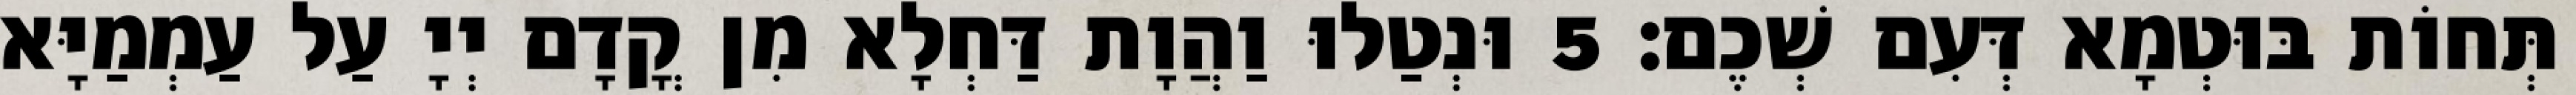
תְּחוֹת בּוּטְמָא דְּעִם שְׁכֶם׃ 5 וּנְטַלוּ וַהֲוָת דַּחְלָא מִן קֳדָם יְיָ עַל עַמְמַיָּא